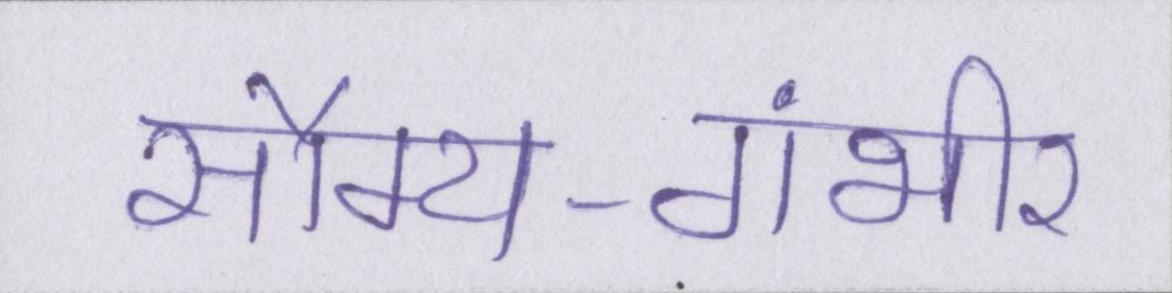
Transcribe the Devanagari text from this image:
सौम्य-गंभीर